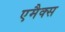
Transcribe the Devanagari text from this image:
एमैक्स